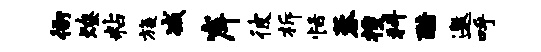
衙燎粘旒减岸彼柝恬蓉搜科酷邀呼